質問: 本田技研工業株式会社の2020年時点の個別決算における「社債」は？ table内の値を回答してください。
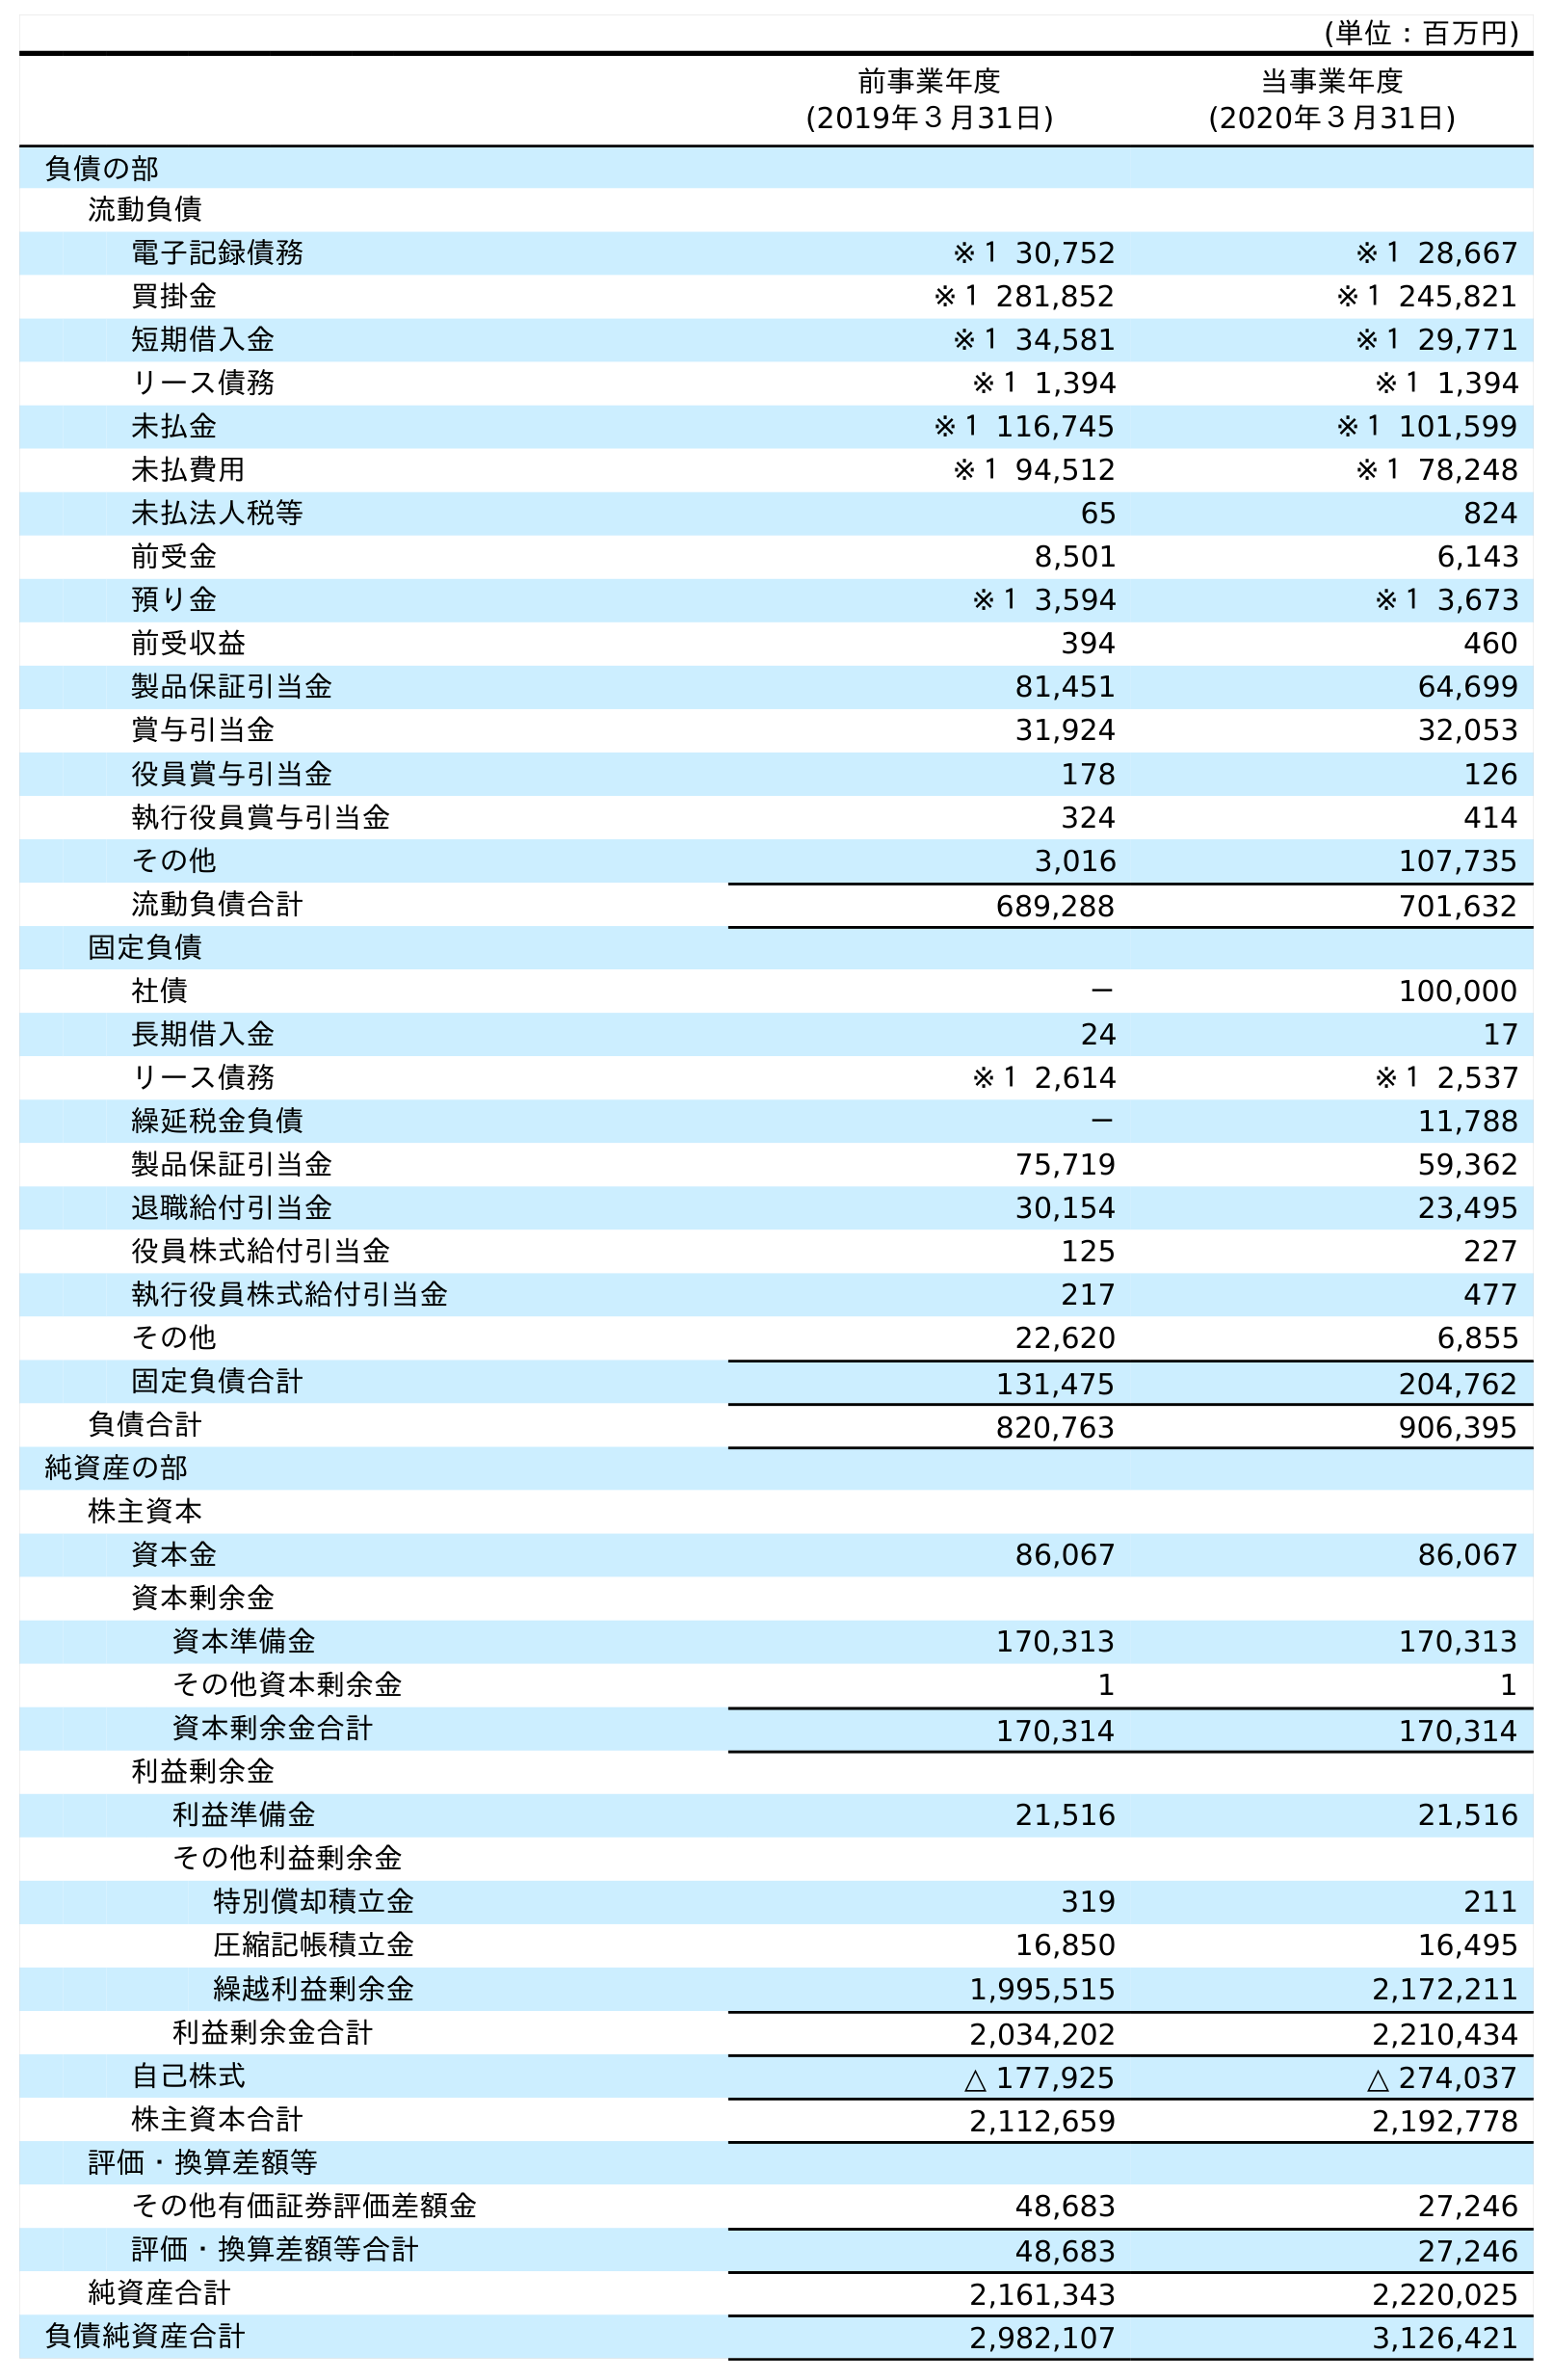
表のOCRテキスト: (単位：百万円) 前事業年度 (2019年３月31日) 当事業年度 (2020年３月31日) 負債の部 流動負債 電子記録債務 ※１ 30,752 ※１ 28,667 買掛金 ※１ 281,852 ※１ 245,821 短期借入金 ※１ 34,581 ※１ 29,771 リース債務 ※１ 1,394 ※１ 1,394 未払金 ※１ 116,745 ※１ 101,599 未払費用 ※１ 94,512 ※１ 78,248 未払法人税等 65 824 前受金 8,501 6,143 預り金 ※１ 3,594 ※１ 3,673 前受収益 394 460 製品保証引当金 81,451 64,699 賞与引当金 31,924 32,053 役員賞与引当金 178 126 執行役員賞与引当金 324 414 その他 3,016 107,735 流動負債合計 689,288 701,632 固定負債 社債 － 100,000 長期借入金 24 17 リース債務 ※１ 2,614 ※１ 2,537 繰延税金負債 － 11,788 製品保証引当金 75,719 59,362 退職給付引当金 30,154 23,495 役員株式給付引当金 125 227 執行役員株式給付引当金 217 477 その他 22,620 6,855 固定負債合計 131,475 204,762 負債合計 820,763 906,395 純資産の部 株主資本 資本金 86,067 86,067 資本剰余金 資本準備金 170,313 170,313 その他資本剰余金 1 1 資本剰余金合計 170,314 170,314 利益剰余金 利益準備金 21,516 21,516 その他利益剰余金 特別償却積立金 319 211 圧縮記帳積立金 16,850 16,495 繰越利益剰余金 1,995,515 2,172,211 利益剰余金合計 2,034,202 2,210,434 自己株式 △ 177,925 △ 274,037 株主資本合計 2,112,659 2,192,778 評価・換算差額等 その他有価証券評価差額金 48,683 27,246 評価・換算差額等合計 48,683 27,246 純資産合計 2,161,343 2,220,025 負債純資産合計 2,982,107 3,126,421
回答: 100,000